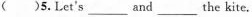
( )5.Let's ___and___ the kite.